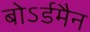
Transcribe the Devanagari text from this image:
बोऽर्डमैन